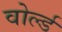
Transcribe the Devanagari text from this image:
वोर्ल्ड